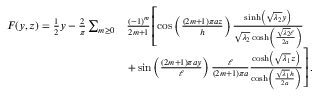
\begin{array} { r l } { F ( y , z ) = \frac { 1 } { 2 } y - \frac { 2 } { \pi } \sum _ { m \geq 0 } } & { \frac { ( - 1 ) ^ { m } } { 2 m + 1 } \left[ \cos \left( \frac { ( 2 m + 1 ) \pi a z } { h } \right) \frac { \sinh \left( \sqrt { \lambda _ { 2 } } y \right) } { \sqrt { \lambda _ { 2 } } \cosh \left( \frac { \sqrt { \lambda _ { 2 } } \ell } { 2 a } \right) } \right. } \\ & { \left. + \sin \left( \frac { ( 2 m + 1 ) \pi a y } { \ell } \right) \frac { \ell } { ( 2 m + 1 ) \pi a } \frac { \cosh \left( \sqrt { \lambda _ { 1 } } z \right) } { \cosh \left( \frac { \sqrt { \lambda _ { 1 } } h } { 2 a } \right) } \right] . } \end{array}